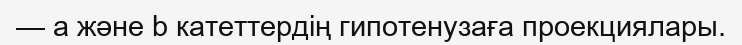
— a және b катеттердің гипотенузаға проекциялары.